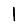
Digit: 1